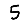
Digit: 5